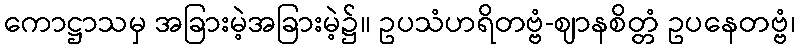
ကောဋ္ဌာသမှ အခြားမဲ့အခြားမဲ့၌။ ဥပသံဟရိတဗ္ဗံ-ဈာနစိတ္တံ ဥပနေတဗ္ဗံ၊